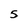
Character: S